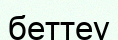
беттеу